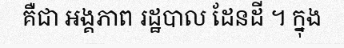
គឺជា អង្គភាព រដ្ឋបាល ដែនដី ។ ក្នុង